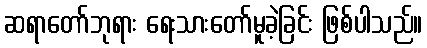
ဆရာတော်ဘုရား ရေးသားတော်မူခဲ့ခြင်း ဖြစ်ပါသည်။